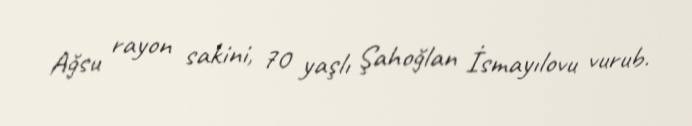
Ağsu rayon sakini, 70 yaşlı Şahoğlan İsmayılovu vurub.